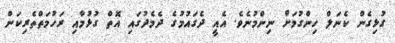
ގުޅިގެން ކެނަލް ހިންގުމަށް ނިންމުނެވެ. އެއީ ދެގައުމުގެ ދެމެދުގައި އޮތް ގުޅުމާއި ރަހުމަތްތެރިކަން